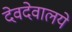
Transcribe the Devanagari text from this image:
देवदेवालये